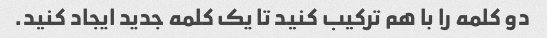
دو کلمه را با هم ترکیب کنید تا یک کلمه جدید ایجاد کنید.